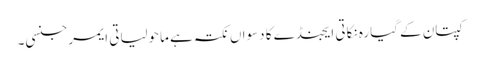
کپتان کے گیارہ نکاتی ایجنڈے کا دسواں نکتہ ہے ماحولیاتی ایمرجنسی۔